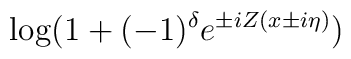
\log (1+(-1)^{\delta }e^{\pm iZ(x\pm i\eta )})